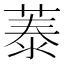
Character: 𦴼